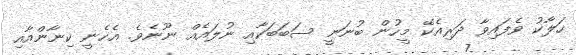
ހަލާކު ވެފައިވާ ދަރިއެކޭ މީހުން ބުނަނީ ސަބަބަކާއި ނުލައެއް ނޫނެވެ. އެހެނީ ކިނާންއާއި